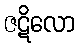
ဇဋိလော